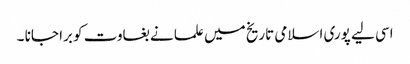
اسی لیے پوری اسلامی تاریخ میں علما نے بغاوت کو برا جانا ۔